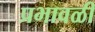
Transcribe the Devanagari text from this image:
प्रभावळी